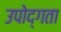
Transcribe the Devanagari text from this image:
उपोद्गता